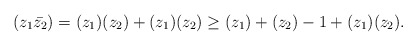
\begin{align*}&(z_1\bar{z_2}) = (z_1)(z_2) + (z_1)(z_2) \geq (z_1)+(z_2) - 1 + (z_1)(z_2).\end{align*}